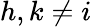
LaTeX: h,k\ne i